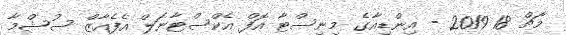
މާޗް 18 2019 - އިންޑިއާގެ މިނިސްޓާ އޮފް އެކްސްޓާނަލް އެފެއާޒް ސުޝްމާ